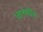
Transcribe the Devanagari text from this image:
जानकीस